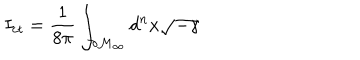
I _ { c t } = \frac 1 { 8 \pi } \int _ { \partial \mathcal { M } _ { \infty } } d ^ { n } x \sqrt { - \gamma }